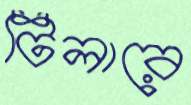
টিলারে